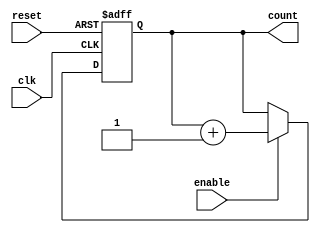
module ParameterizedCounter #(
    parameter WIDTH = 4  // Default width is 4 bits
)(
    input wire clk,      // Clock signal
    input wire reset,    // Asynchronous reset signal
    input wire enable,    // Enable signal for counting
    output reg [WIDTH-1:0] count // Current count value
);

    // Counter behavior
    always @(posedge clk or posedge reset) begin
        if (reset) begin
            count <= 0; // Reset count to 0
        end else if (enable) begin
            count <= count + 1; // Increment count
        end
    end

endmodule